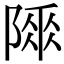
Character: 𨻌